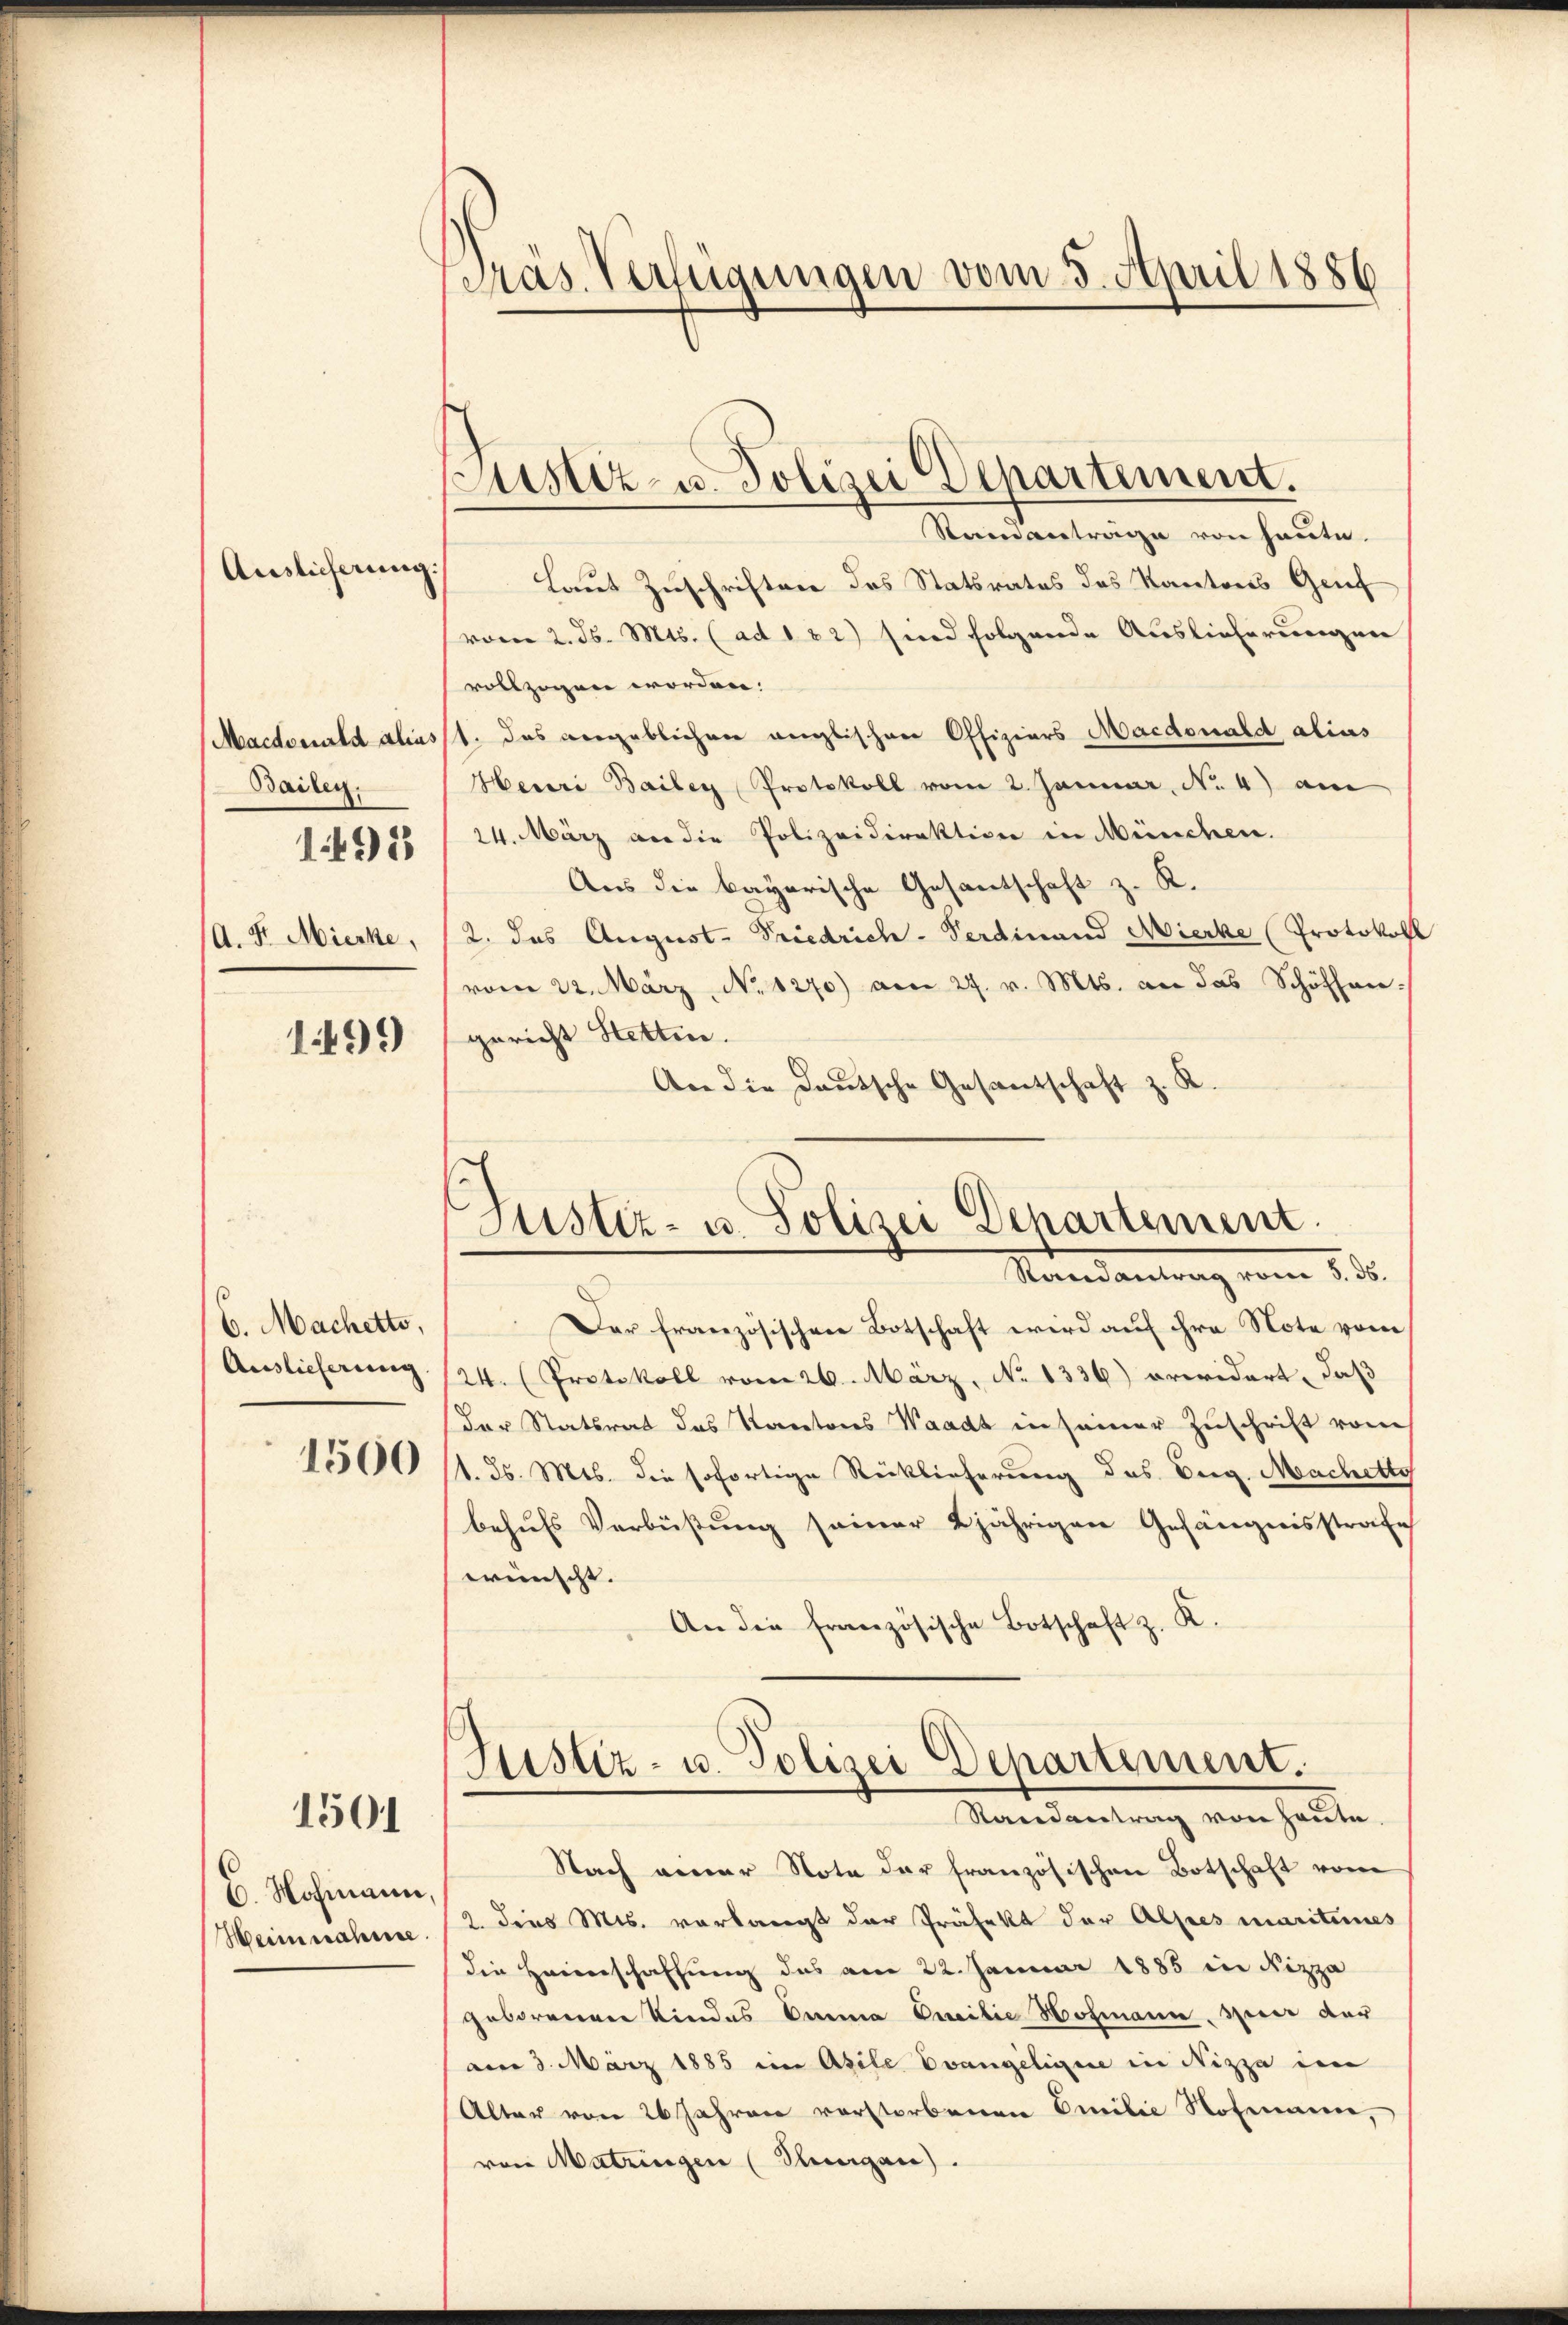
Auslieferung

Macdouald alias
Bailen.
1491
A. F. Mierke,

1499

6. Machetto,
Auslieferung.

1560

1501

6. Nochmann,
Weinnahme

Präs. Verfügungen vom 3. April 1886

Justiz- u. Polizei Departement.
Samantrage von heute.
Laut Zuschriften des Statsrates des Kantons Geif

Justiz- u. Polizei Departement.
Standanlang vom 2. 5.

vom 2. ds. Mts. (ad 182) sind folgende Auslieferungen
vollzogen worden.
1. Das vergeblichen anglischen Offiziers Macdouald alias
Heuri Bailer Protokoll vom 2. Januar, No. 4) am
24. März an die Polizeidirektion in München.
Aus die bayerische Gesantschaft z. K.
2. das August. Friedrich-Verdinand Mierke (Protokoll
vom 22. März, No 1270) am 27. v. Mts. an das Schöffen-
gericht Hettin.
An die Deutsche Gesantschaft z. K
e
Der französischen Botschaft wird auf ihre Note vom
24. (Protokoll vom 26. März, No 1336) erwidert, daß
Der Statsrat des Kantons Waadt in seiner Zuschrift vom
1. 25. Mts. die sofortige Rücklieferung des Dieg. Machetto
behufs Verbüßung seiner 2jährigen Gefängnisstrafe
wünscht.
An die französische Botschaft z. K.
Justiz- u. Polizei Departement.
Randantrag von heute.
Nach einer Note der französischen Botschaft vom
2 dies Mts. vorlangt der Präfekt der Alpes mariteres
die Heimschaffung des am 22. Januar 1885 in Nizza
geborenen Kindes Emma Omilie Hofmann, sei der
am 3. März 1885 im Asile Evangeligie in Nizza im
Alter von 26 Jahren verstorbenen Emilie Notenanne,
von Matringen (Suegen).